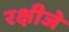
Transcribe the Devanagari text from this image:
रक्षीजे